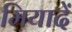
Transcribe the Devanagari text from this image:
मियादें